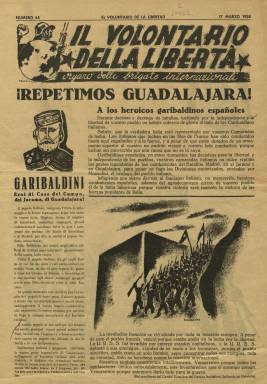
Título: Il Volontario della libertá
Otros títulos: Le Volontaire de la liberté (Ed. italiana)
Colección: Guerra civil || Periódicos
Ámbito geográfico: Barcelona
Lugar de publicación: Barcelona
Fechas: 17/03/1938-07/09/1938